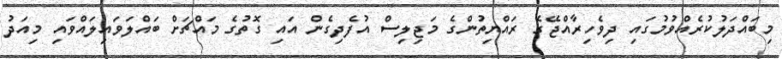
މިބައްދަލުކުރެއްވުމުގައި ދިވެހިރާއްޖޭގެ ރައްޔިތުންގެ މަޖިލިސް އުފެދިގެން އައި ގޮތުގެ މައްޗަށް ބައްލަވައިލައްވައި މިއަދު